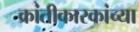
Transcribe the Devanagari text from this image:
क्रांतीकारकांच्या